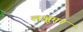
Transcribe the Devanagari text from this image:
लक्षूमन